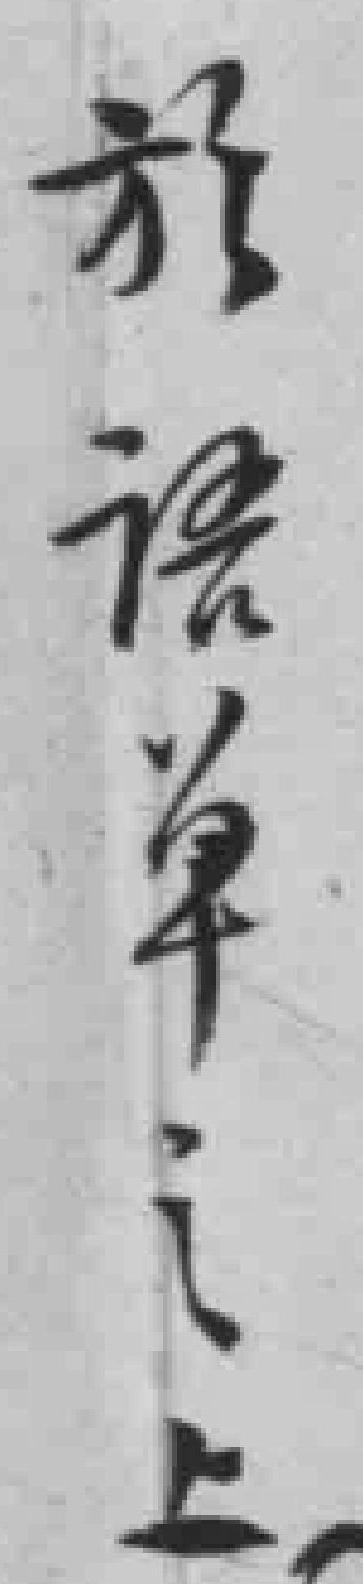
於语单之上